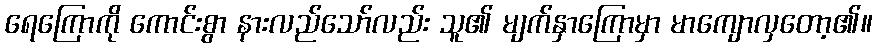
ရေကြောကို ကောင်းစွာ နားလည်သော်လည်း သူ၏ မျက်နှာကြောမှာ မာကျောလှတော့၏။